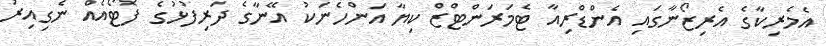
އެމެރިކާގެ އެރިޒޯނާގައި އެންޑްރިއާ ޓެމަރަންޓްޒް ކިޔާ އަންހެނަކު އޭނާގެ ދަރިފުޅުގެ ފޮޓޯއެއް ނެގިއިރު